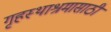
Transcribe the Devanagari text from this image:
गृहस्थाश्रमासाठी